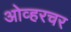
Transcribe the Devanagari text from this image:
ओव्हरचर